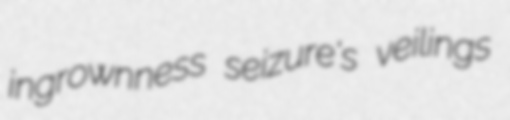
ingrownness seizure's veilings